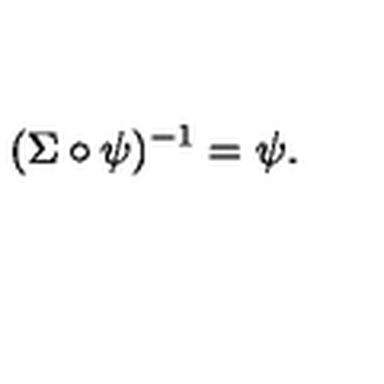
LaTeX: ( \Sigma \circ \psi ) ^ { - 1 } = \psi .